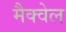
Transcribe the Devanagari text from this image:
मैक्वेल